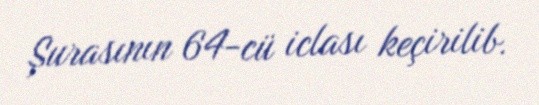
Şurasının 64-cü iclası keçirilib.